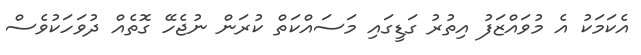
އެކަމަކު އެ މުވައްޒަފު އިތުރު ގަޑީގައި މަސައްކަތް ކުރަން ނުޖެހޭ ގޮތެއް ދުވަހަކުވެސް